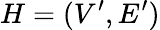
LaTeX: H=(V^{\prime},E^{\prime})